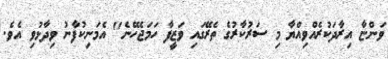
ވަންޏާ އިރާދަކުރެއްވިއްޔާ މި ސަރުކާރުގެ ތެރޭގައި ވަޒީފާ ހަމަޖެހޭނެ" އެމަނިކުފާނު ވިދާޅުވި އެވެ.